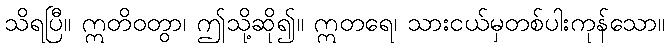
သိရပြီ။ ဣတိဝတွာ၊ ဤသို့ဆို၍။ ဣတရေ၊ သားငယ်မှတစ်ပါးကုန်သော။